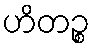
ဟိတဉ္စ